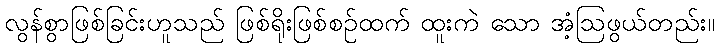
လွန်စွာဖြစ်ခြင်းဟူသည် ဖြစ်ရိုးဖြစ်စဉ်ထက် ထူးကဲ သော အံ့ဩဖွယ်တည်း။